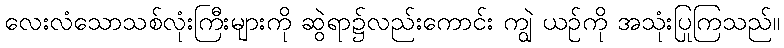
လေးလံသောသစ်လုံးကြီးများကို ဆွဲရာ၌လည်းကောင်း ကျွဲ ယဉ်ကို အသုံးပြုကြသည်။